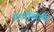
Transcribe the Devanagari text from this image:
पृथ्वीव्यापी